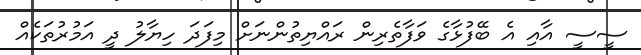
ސީސީ އާއި އެ ބޭފުޅާގެ ވަފާތެރިން ރައްޔިތުންނަށް މިފަދަ ހިޔާލު ދީ އަމުރުތަކެއް